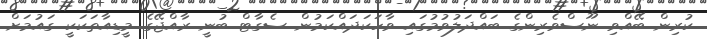
ކުރިން ބޭއްވި ނޫސްވެރިންގެ ބައްދަލުވުމުގައި ވާހަކަދައްކަމުން ސެގާޓް ބުނީ ރާއްޖޭގެ މީޑިއާތަކަކީ ގައުމަށް